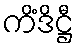
ကိံဒိဋ္ဌီ